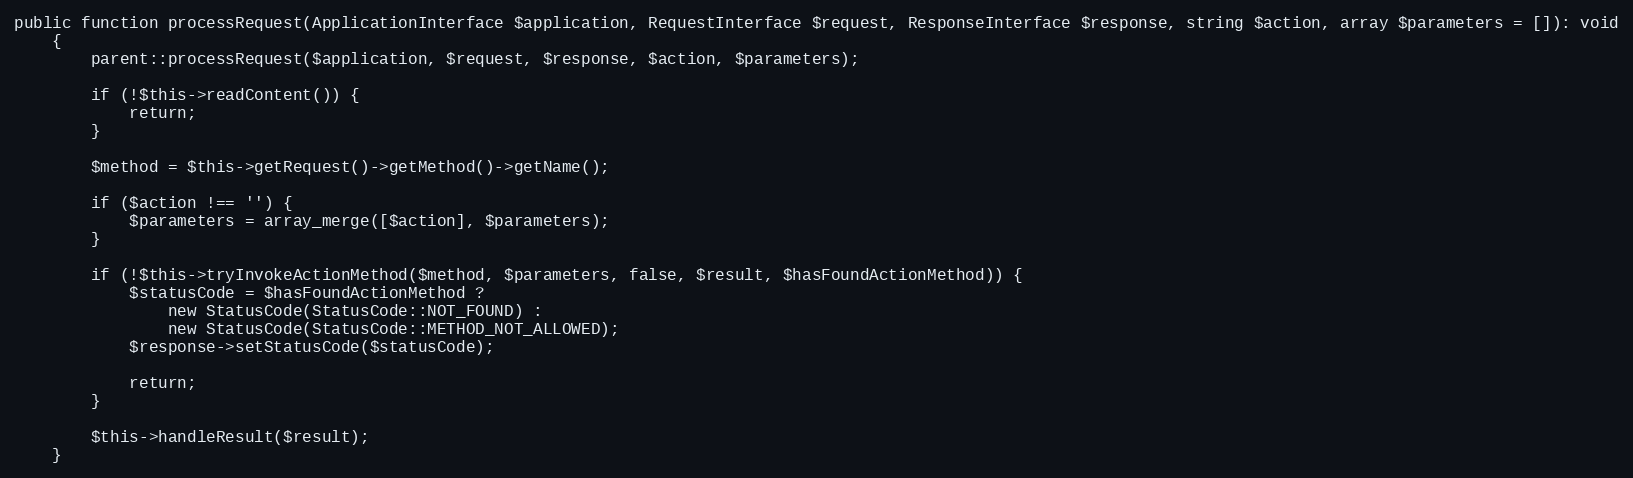
Language: PHP
public function processRequest(ApplicationInterface $application, RequestInterface $request, ResponseInterface $response, string $action, array $parameters = []): void
    {
        parent::processRequest($application, $request, $response, $action, $parameters);

        if (!$this->readContent()) {
            return;
        }

        $method = $this->getRequest()->getMethod()->getName();

        if ($action !== '') {
            $parameters = array_merge([$action], $parameters);
        }

        if (!$this->tryInvokeActionMethod($method, $parameters, false, $result, $hasFoundActionMethod)) {
            $statusCode = $hasFoundActionMethod ?
                new StatusCode(StatusCode::NOT_FOUND) :
                new StatusCode(StatusCode::METHOD_NOT_ALLOWED);
            $response->setStatusCode($statusCode);

            return;
        }

        $this->handleResult($result);
    }